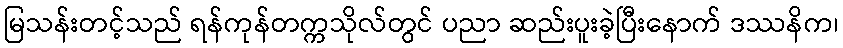
မြသန်းတင့်သည် ရန်ကုန်တက္ကသိုလ်တွင် ပညာ ဆည်းပူးခဲ့ပြီးနောက် ဒဿနိက၊